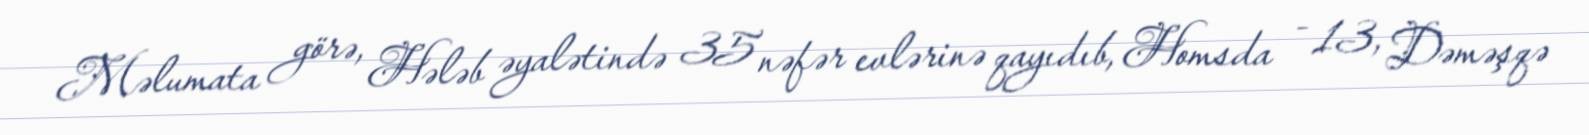
Məlumata görə, Hələb əyalətində 35 nəfər evlərinə qayıdıb, Homsda - 13, Dəməşqə